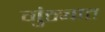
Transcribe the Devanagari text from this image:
गुंठ्यात